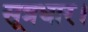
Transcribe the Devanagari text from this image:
सूत्रधार।